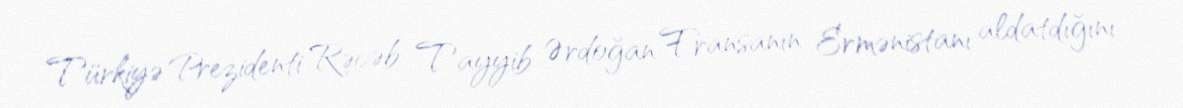
Türkiyə Prezidenti Rəcəb Tayyib Ərdoğan Fransanın Ermənistanı aldatdığını